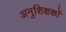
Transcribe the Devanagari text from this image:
अनुशिक्षकों